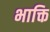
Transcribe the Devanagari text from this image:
भाक्ति